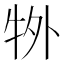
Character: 𭷜